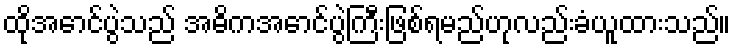
ထိုအောင်ပွဲသည် အဓိကအောင်ပွဲကြီးဖြစ်ရမည်ဟုလည်းခံယူထားသည်။